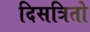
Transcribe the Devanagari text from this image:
दिसत्रितो